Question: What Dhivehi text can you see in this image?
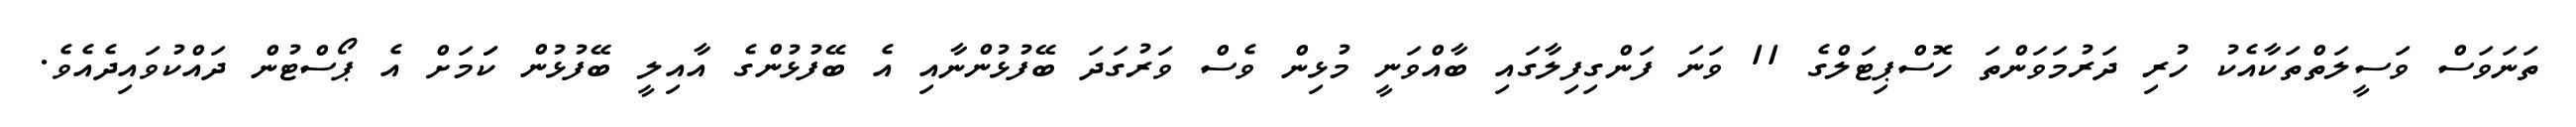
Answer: ތަނަވަސް ވަސީލަތްތަކާއެކު ހުރި ދަރުމަވަންތަ ހޮސްޕިޓަލްގެ 11 ވަނަ ފަންގިފިލާގައި ބާއްވަނީ މުޅިން ވެސް ވަރުގަދަ ބޭފުޅުންނާއި އެ ބޭފުޅުންގެ އާއިލީ ބޭފުޅުން ކަަމަށް އެ ޕޯސްޓުން ދައްކުވައިދެއެވެ.